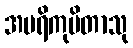
အပရိကုပိတာသု